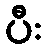
ပီး